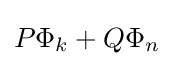
P\Phi _{k}+Q\Phi _{n}